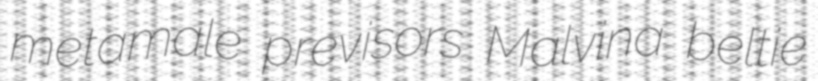
metamale previsors Malvina beltie